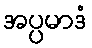
အပ္ပမာဒံ